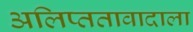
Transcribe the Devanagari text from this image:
अलिप्ततावादाला